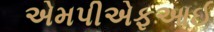
એમપીએફઆઈ